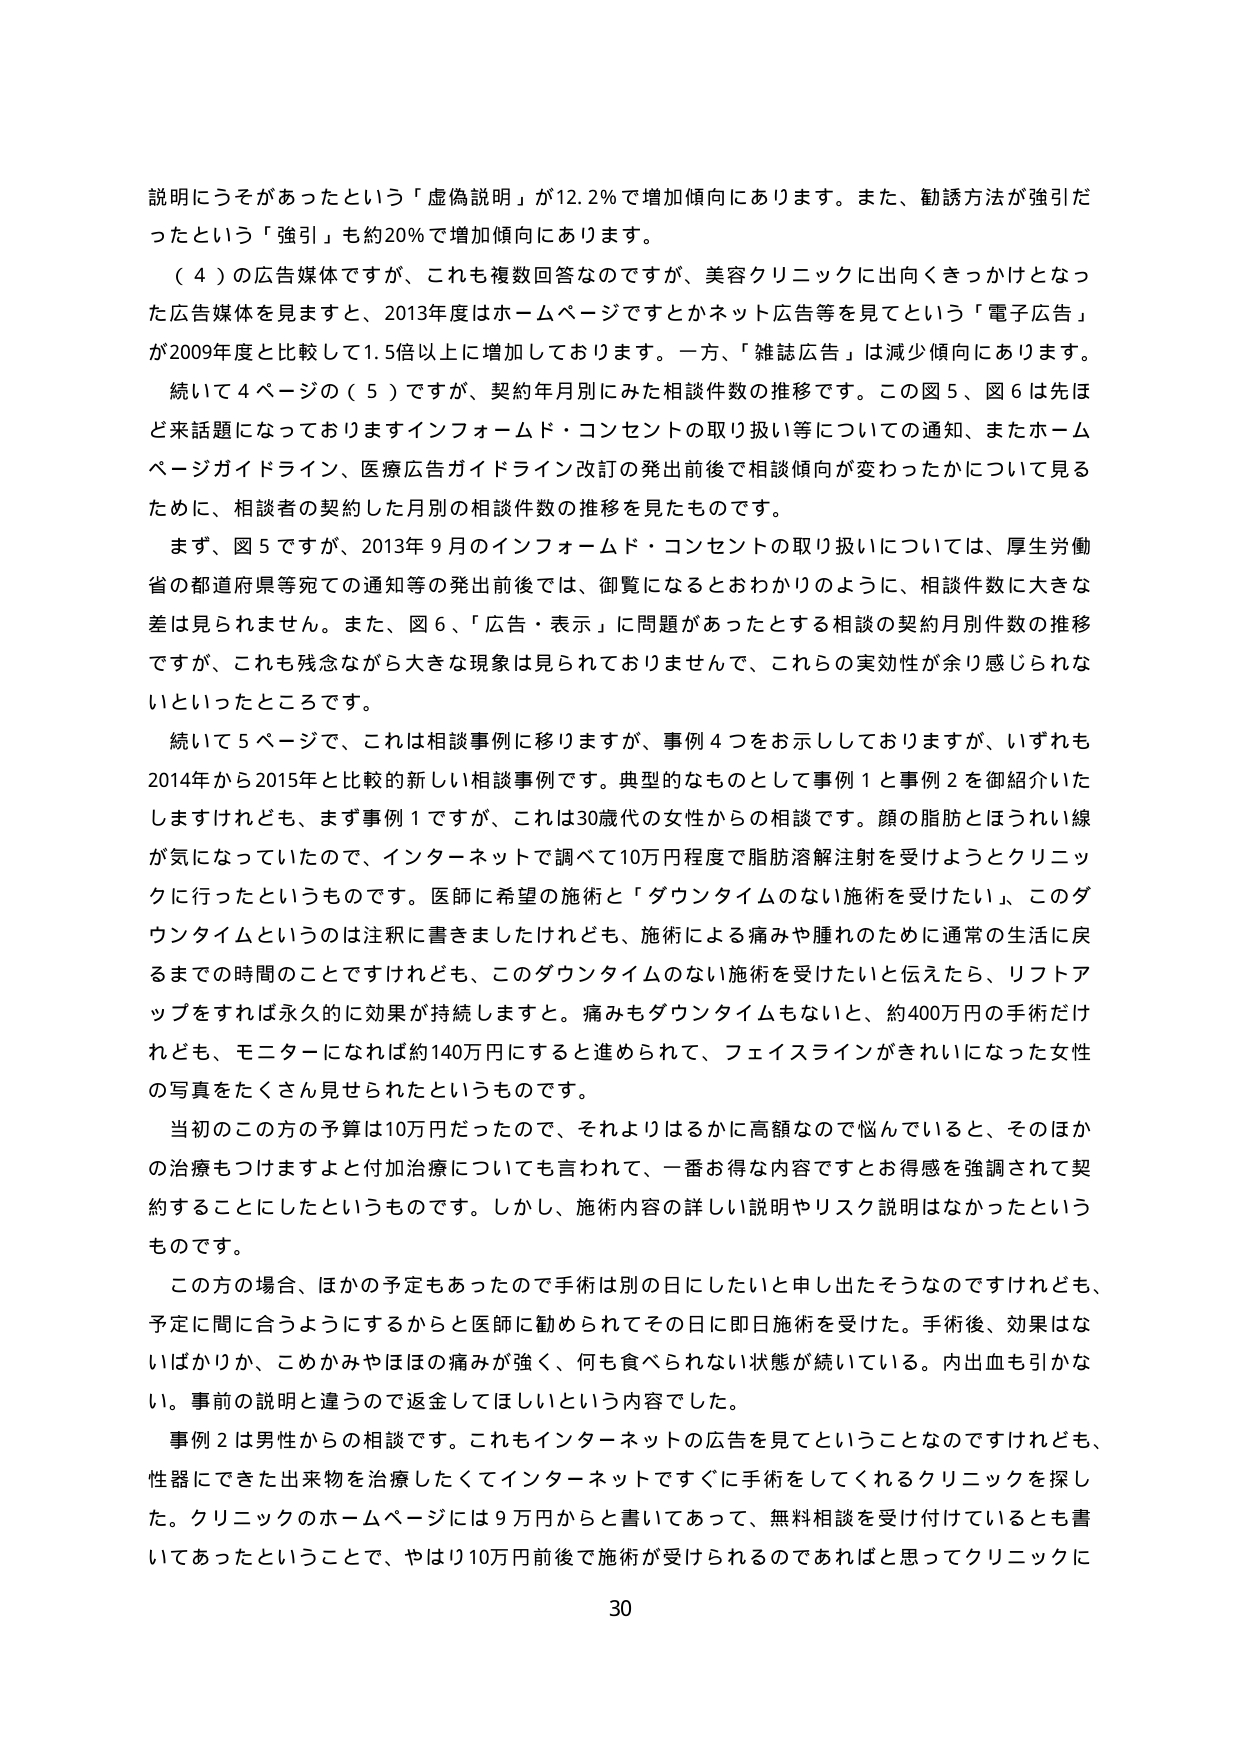
説明にうそがあったという「虚偽説明」が12.2％で増加傾向にあります。また、勧誘方法が強引だったという「強引」も約20％で増加傾向にあります。

（４）の広告媒体ですが、これも複数回答なのですが、美容クリニックに出向くきっかけとなった広告媒体を見ますと、2013年度はホームページですとかネット広告等を見てという「電子広告」が2009年度と比較して1.5倍以上に増加しております。一方、「雑誌広告」は減少傾向にあります。

続いて４ページの（５）ですが、契約年月別にみた相談件数の推移です。この図５、図６は先ほど来話題になっておりますインフォームド・コンセントの取り扱い等についての通知、またホームページガイドライン、医療広告ガイドライン改訂の発出前後で相談傾向が変わったかについて見るために、相談者の契約した月別の相談件数の推移を見たものです。

まず、図５ですが、2013年９月のインフォームド・コンセントの取り扱いについては、厚生労働省の都道府県等宛ての通知等の発出前後では、御覧になるとおわかりのように、相談件数に大きな差は見られません。また、図６、「広告・表示」に問題があったとする相談の契約月別件数の推移ですが、これも残念ながら大きな現象は見られておりませんで、これらの実効性が余り感じられないといったところです。

続いて５ページで、これは相談事例に移りますが、事例４つをお示ししておりますが、いずれも2014年から2015年と比較的新しい相談事例です。典型的なものとして事例１と事例２を御紹介いたしますけれども、まず事例１ですが、これは30歳代の女性からの相談です。顔の脂肪とほうれい線が気になっていたので、インターネットで調べて10万円程度で脂肪溶解注射を受けようとクリニックに行ったというものです。医師に希望の施術と「ダウNTタイムのない施術を受けたい」、このダウNTタイムというのは注釈に書きましたけれども、施術による痛みや腫れのために通常の生活に戻るまでの時間のことですけれども、このダウNTタイムのない施術を受けたいと伝えたら、リフトアップをすれば永久的に効果が持続しますと。痛みもダウNTタイムもないと、約400万円の手術だけれども、モニターになれば約140万円にすると進められて、フェイスラインがきれいになった女性の写真をたくさん見せられたというものです。

当初のこの方の予算は10万円だったので、それよりはるかに高額なので悩んでいると、そのほかの治療もつけますよと付加治療についても言われて、一番お得な内容ですとお得感を強調されて契約することにしたというものです。しかし、施術内容の詳しい説明やリスク説明はなかったというものです。

この方の場合、ほかの予定もあったので手術は別の日にしたいと申し出そうなのですがけれども、予定に間に合うようにするからと医師に勧められてその日に即日施術を受けた。手術後、効果はないばかりか、こめかみやほほの痛みが強く、何も食べられない状態が続いている。内出血も引かない。事前の説明と違うので返金してほしいという内容でした。

事例２は男性からの相談です。これもインターネットの広告を見てということなのですけれども、性器にできた出来物を治療したくてインターネットですぐに手術をしてくれるクリニックを探した。クリニックのホームページには９万円からと書いてあって、無料相談を受け付けているとも書いてあったということで、やはり10万円前後で施術が受けられるのであればと思ってクリニックに

30